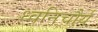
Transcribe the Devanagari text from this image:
ध्वनिचौर्य